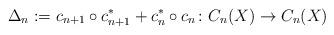
LaTeX: \begin{align*}\Delta_n := c_{n+1} \circ c_{n+1}^* + c_n^* \circ c_n \colon C_n(X) \to C_n(X)\end{align*}